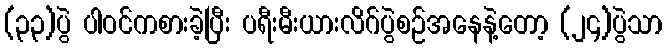
(၃၃)ပွဲ ပါဝင်ကစားခဲ့ပြီး ပရီးမီးယားလိဂ်ပွဲစဉ်အနေနဲ့တော့ (၂၄)ပွဲသာ